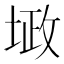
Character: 𪣴